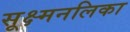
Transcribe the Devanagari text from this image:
सूक्ष्मनलिका